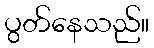
ပွတ်နေသည်။